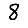
Digit: 8